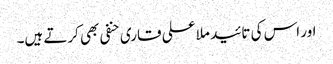
اور اس کی تائید ملا علی قاری حنفی بھی کرتے ہیں۔